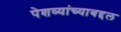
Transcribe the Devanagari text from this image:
पेशव्यांच्याबद्दल